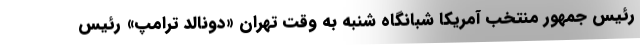
رئیس جمهور منتخب آمریکا شبانگاه شنبه به وقت تهران «دونالد ترامپ» رئیس